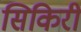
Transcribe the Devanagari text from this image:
सिकिरी